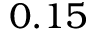
0 . 1 5